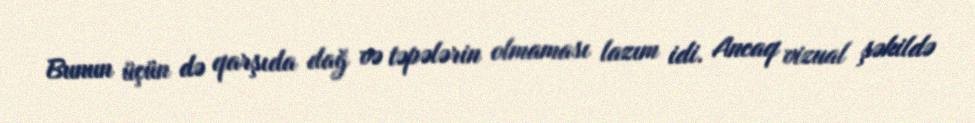
Bunun üçün də qarşıda dağ və təpələrin olmaması lazım idi. Ancaq vizual şəkildə